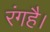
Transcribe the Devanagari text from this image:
रंगहै।